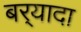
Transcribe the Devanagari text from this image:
बर्‍यादा